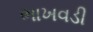
ભાખવડી